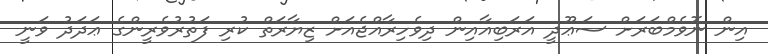
އިން ނޮވެމްބަރަށް ސަޢޫދީ އަރަބިއާއިން ދިވެހިރާއްޖެއަށް ޒިޔާރަތް ކުރި ފަތުރުވެރީންގެ ޢަދަދު ވަނީ